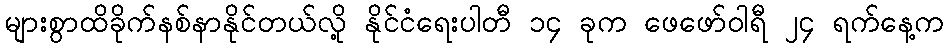
များစွာထိခိုက်နစ်နာနိုင်တယ်လို့ နိုင်ငံရေးပါတီ ၁၄ ခုက ဖေဖော်ဝါရီ ၂၄ ရက်နေ့က